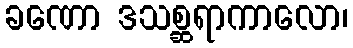
ခဏော ဒသစ္ဆရာကာလော၊